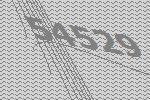
54529